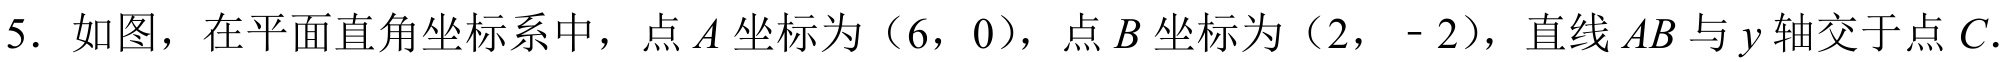
5. 如图，在平面直角坐标系中，点\(A\)坐标为\((6,0)\)，点\(B\)坐标为\((2,-2)\)，直线\(AB\)与\(y\)轴交于点\(C\).